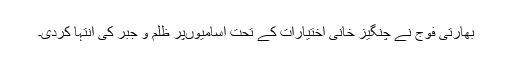
بھارتی فوج نے چنگیز خانی اختیارات کے تحت آسامیوںپر ظلم و جبر کی انتہا کردی۔